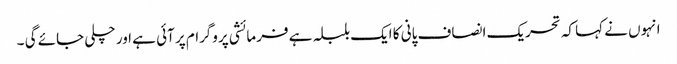
انہوں نے کہا کہ تحریک انصاف پانی کا ایک بلبلہ ہے فرمائشی پروگرام پر آئی ہے اور چلی جائے گی ۔